Document type: Endowment
Year: 1330
Scribe: Arnau [Delpàs]
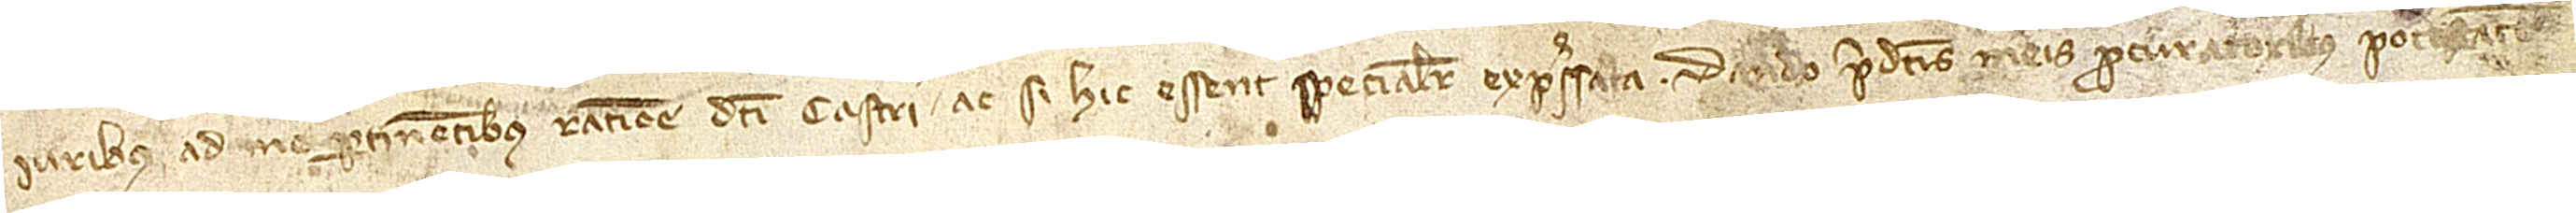
iuribus ad me pertinentibus ratione dicti castri ac si hic essent specialiter expressata. Dando predictis meis procuratoribus pot[es]tat[e]m